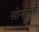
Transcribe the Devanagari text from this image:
सोनकुत्तों